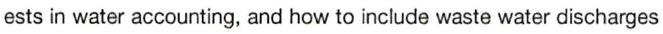
ests in water accounting, and how to include waste water discharges